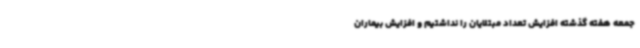
جمعه هفته گذشته افزایش تعداد مبتلایان را نداشتیم و افزایش بیماران